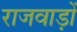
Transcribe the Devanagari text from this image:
राजवाड़ों